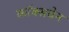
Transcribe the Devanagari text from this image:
कॉक्सवेन